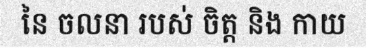
នៃ ចលនា របស់ ចិត្ត និង កាយ